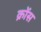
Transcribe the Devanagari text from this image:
क्रोंस